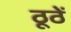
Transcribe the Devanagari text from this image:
ठूठें